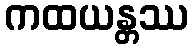
ကထယန္တဿ